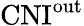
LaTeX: \mathrm{CNI^{\mathrm{out}}}